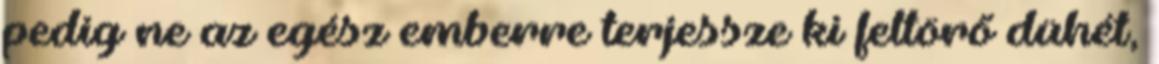
pedig ne az egész emberre terjessze ki feltörő dühét,